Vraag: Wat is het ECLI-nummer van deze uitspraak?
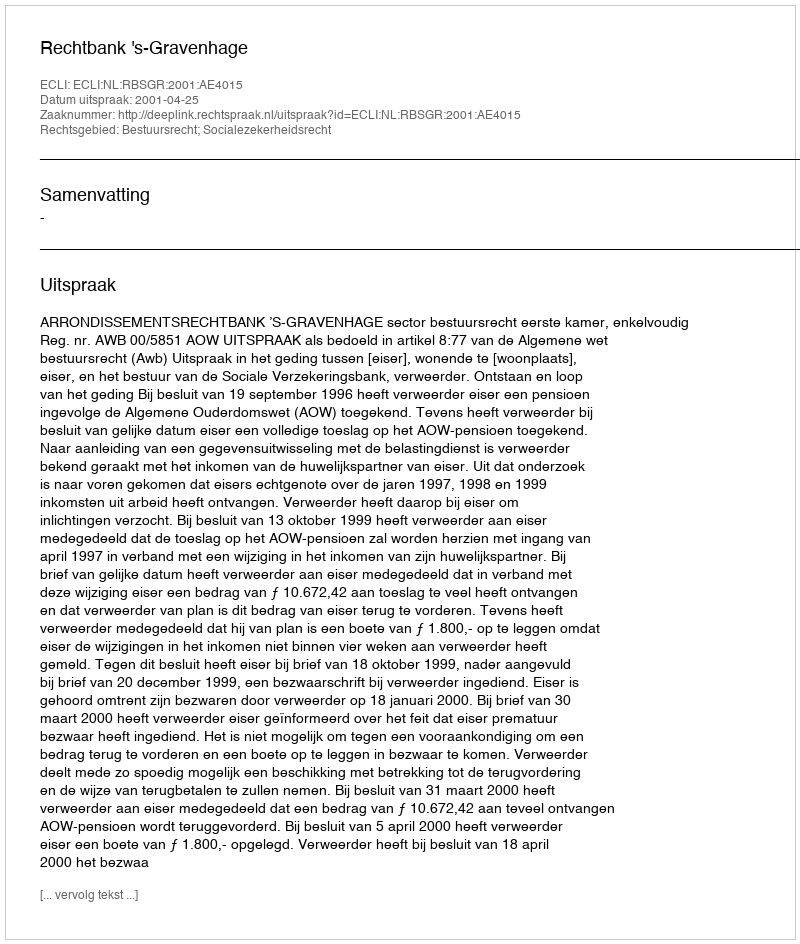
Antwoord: ECLI:NL:RBSGR:2001:AE4015